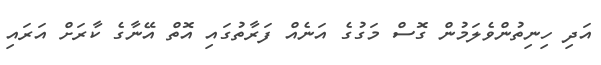
އަދި ހިނިތުންވެލަމުން ގޮސް މަގުގެ އަނެއް ފަރާތުގައި އޮތް އޭނާގެ ކާރަށް އަރައި